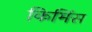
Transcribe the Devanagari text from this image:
किमिंस